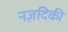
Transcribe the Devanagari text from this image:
नज़दिकी